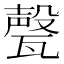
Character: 𱰎